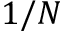
1 / N